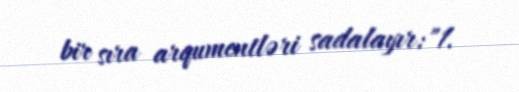
bir sıra arqumentləri sadalayır:"1.